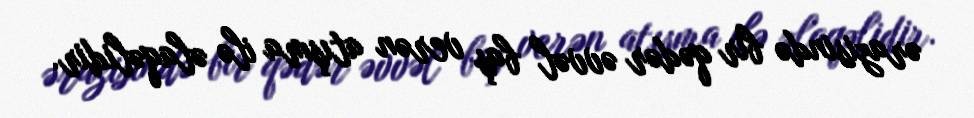
ərazisində bir qədər əvvəl baş verən atışma ilə əlaqəlidir.